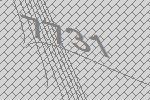
7731